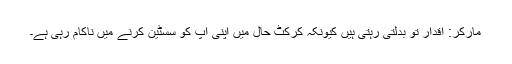
مارکر: اقدار تو بدلتی رہتی ہیں کیونکہ کرکٹ حال میں اپنی آپ کو سسٹین کرنے میں ناکام رہی ہے۔